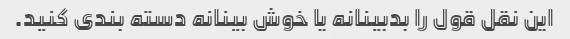
این نقل قول را بدبینانه یا خوش بینانه دسته بندی کنید.